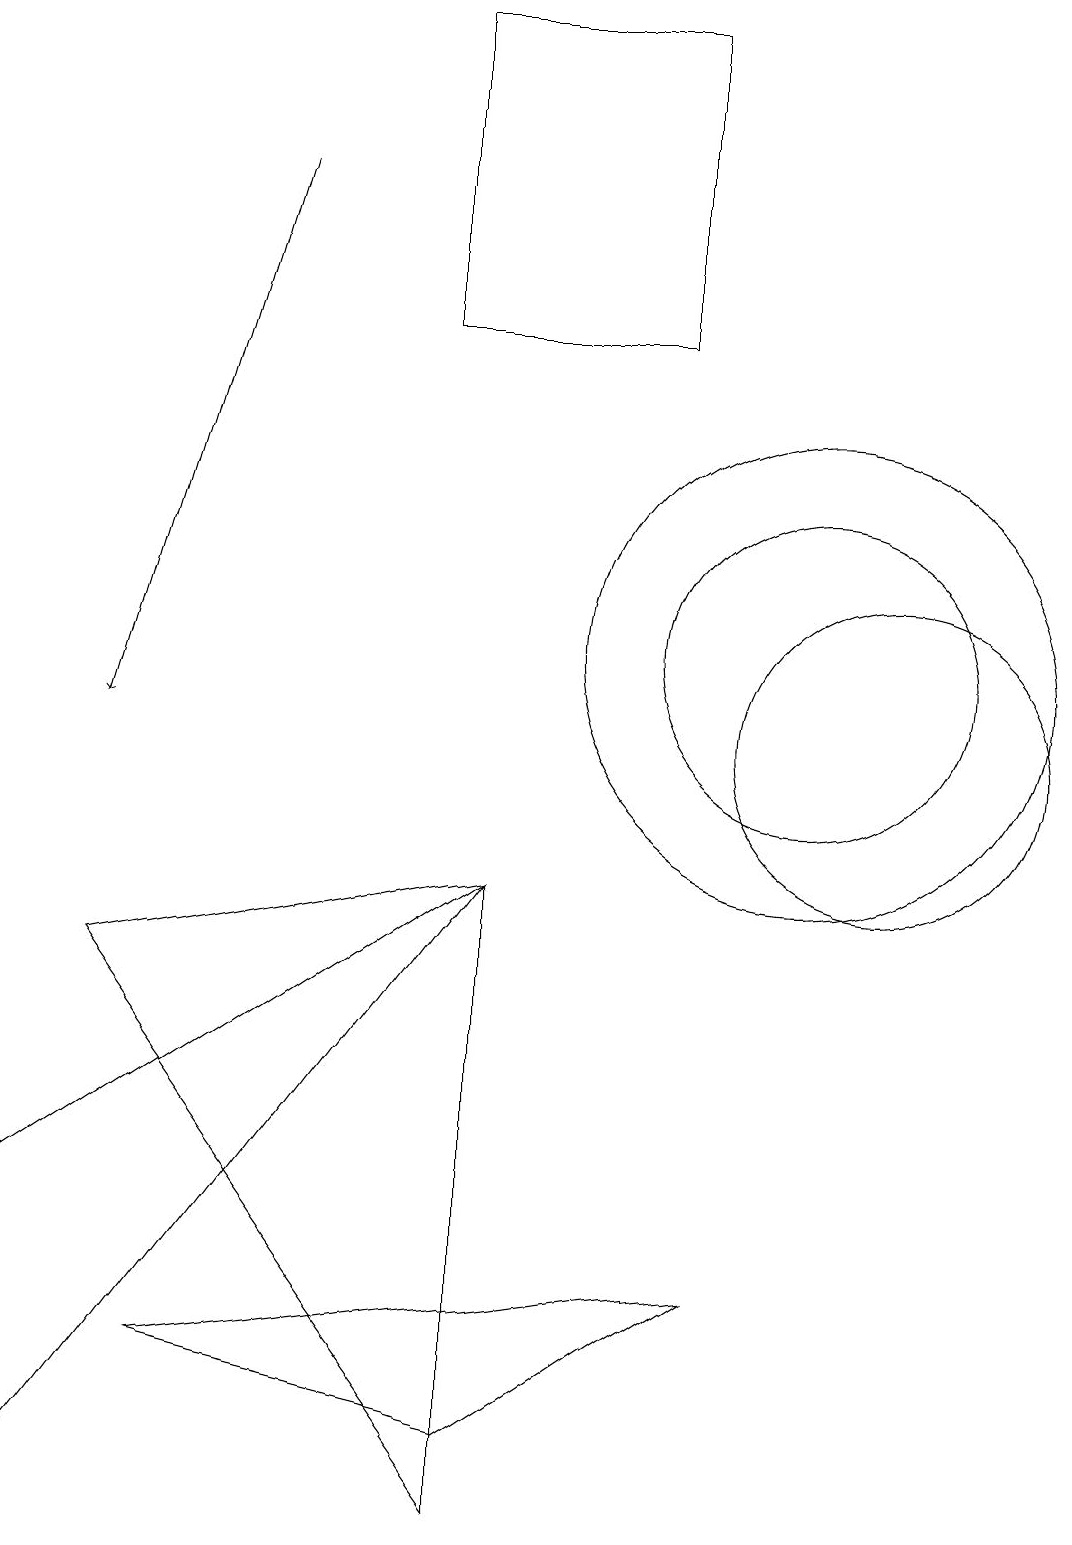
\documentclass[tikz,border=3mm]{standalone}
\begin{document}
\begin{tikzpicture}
\draw (10,11) circle (2);
\draw[->] (3,17) -- (1,10);
\draw (1,7) -- (6,0) -- (6,8) -- cycle;
\draw (10,11) circle (3);
\draw (2,2) -- (6,1) -- (9,3) -- cycle;
\draw (11,10) circle (2);
\draw (8,15) rectangle (5,19);
\draw (6,8) -- (0,0) -- (0,4) -- cycle;
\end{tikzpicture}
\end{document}